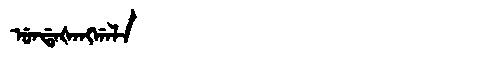
Manchu: ᡠᠨᡩᠠᡧᠠᠩᡤᠠᠯᠠ
Romanization: UNDAŠANGGALA